Newspaper: The Jasper weekly courier. [volume]
Place of publication: Jasper, Ind.
Date: 1890-08-01 00:00:00
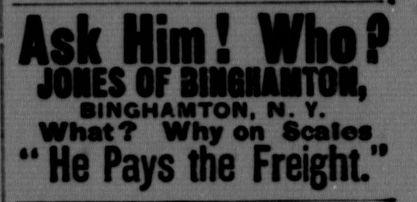
Advertisement text (OCR):
Ask Him! WhtP JtiES OF LMSiaUitnM. BINGHAMTON, N. Y. What? Why on Softf M He Pays the Freight."
Label: text-only